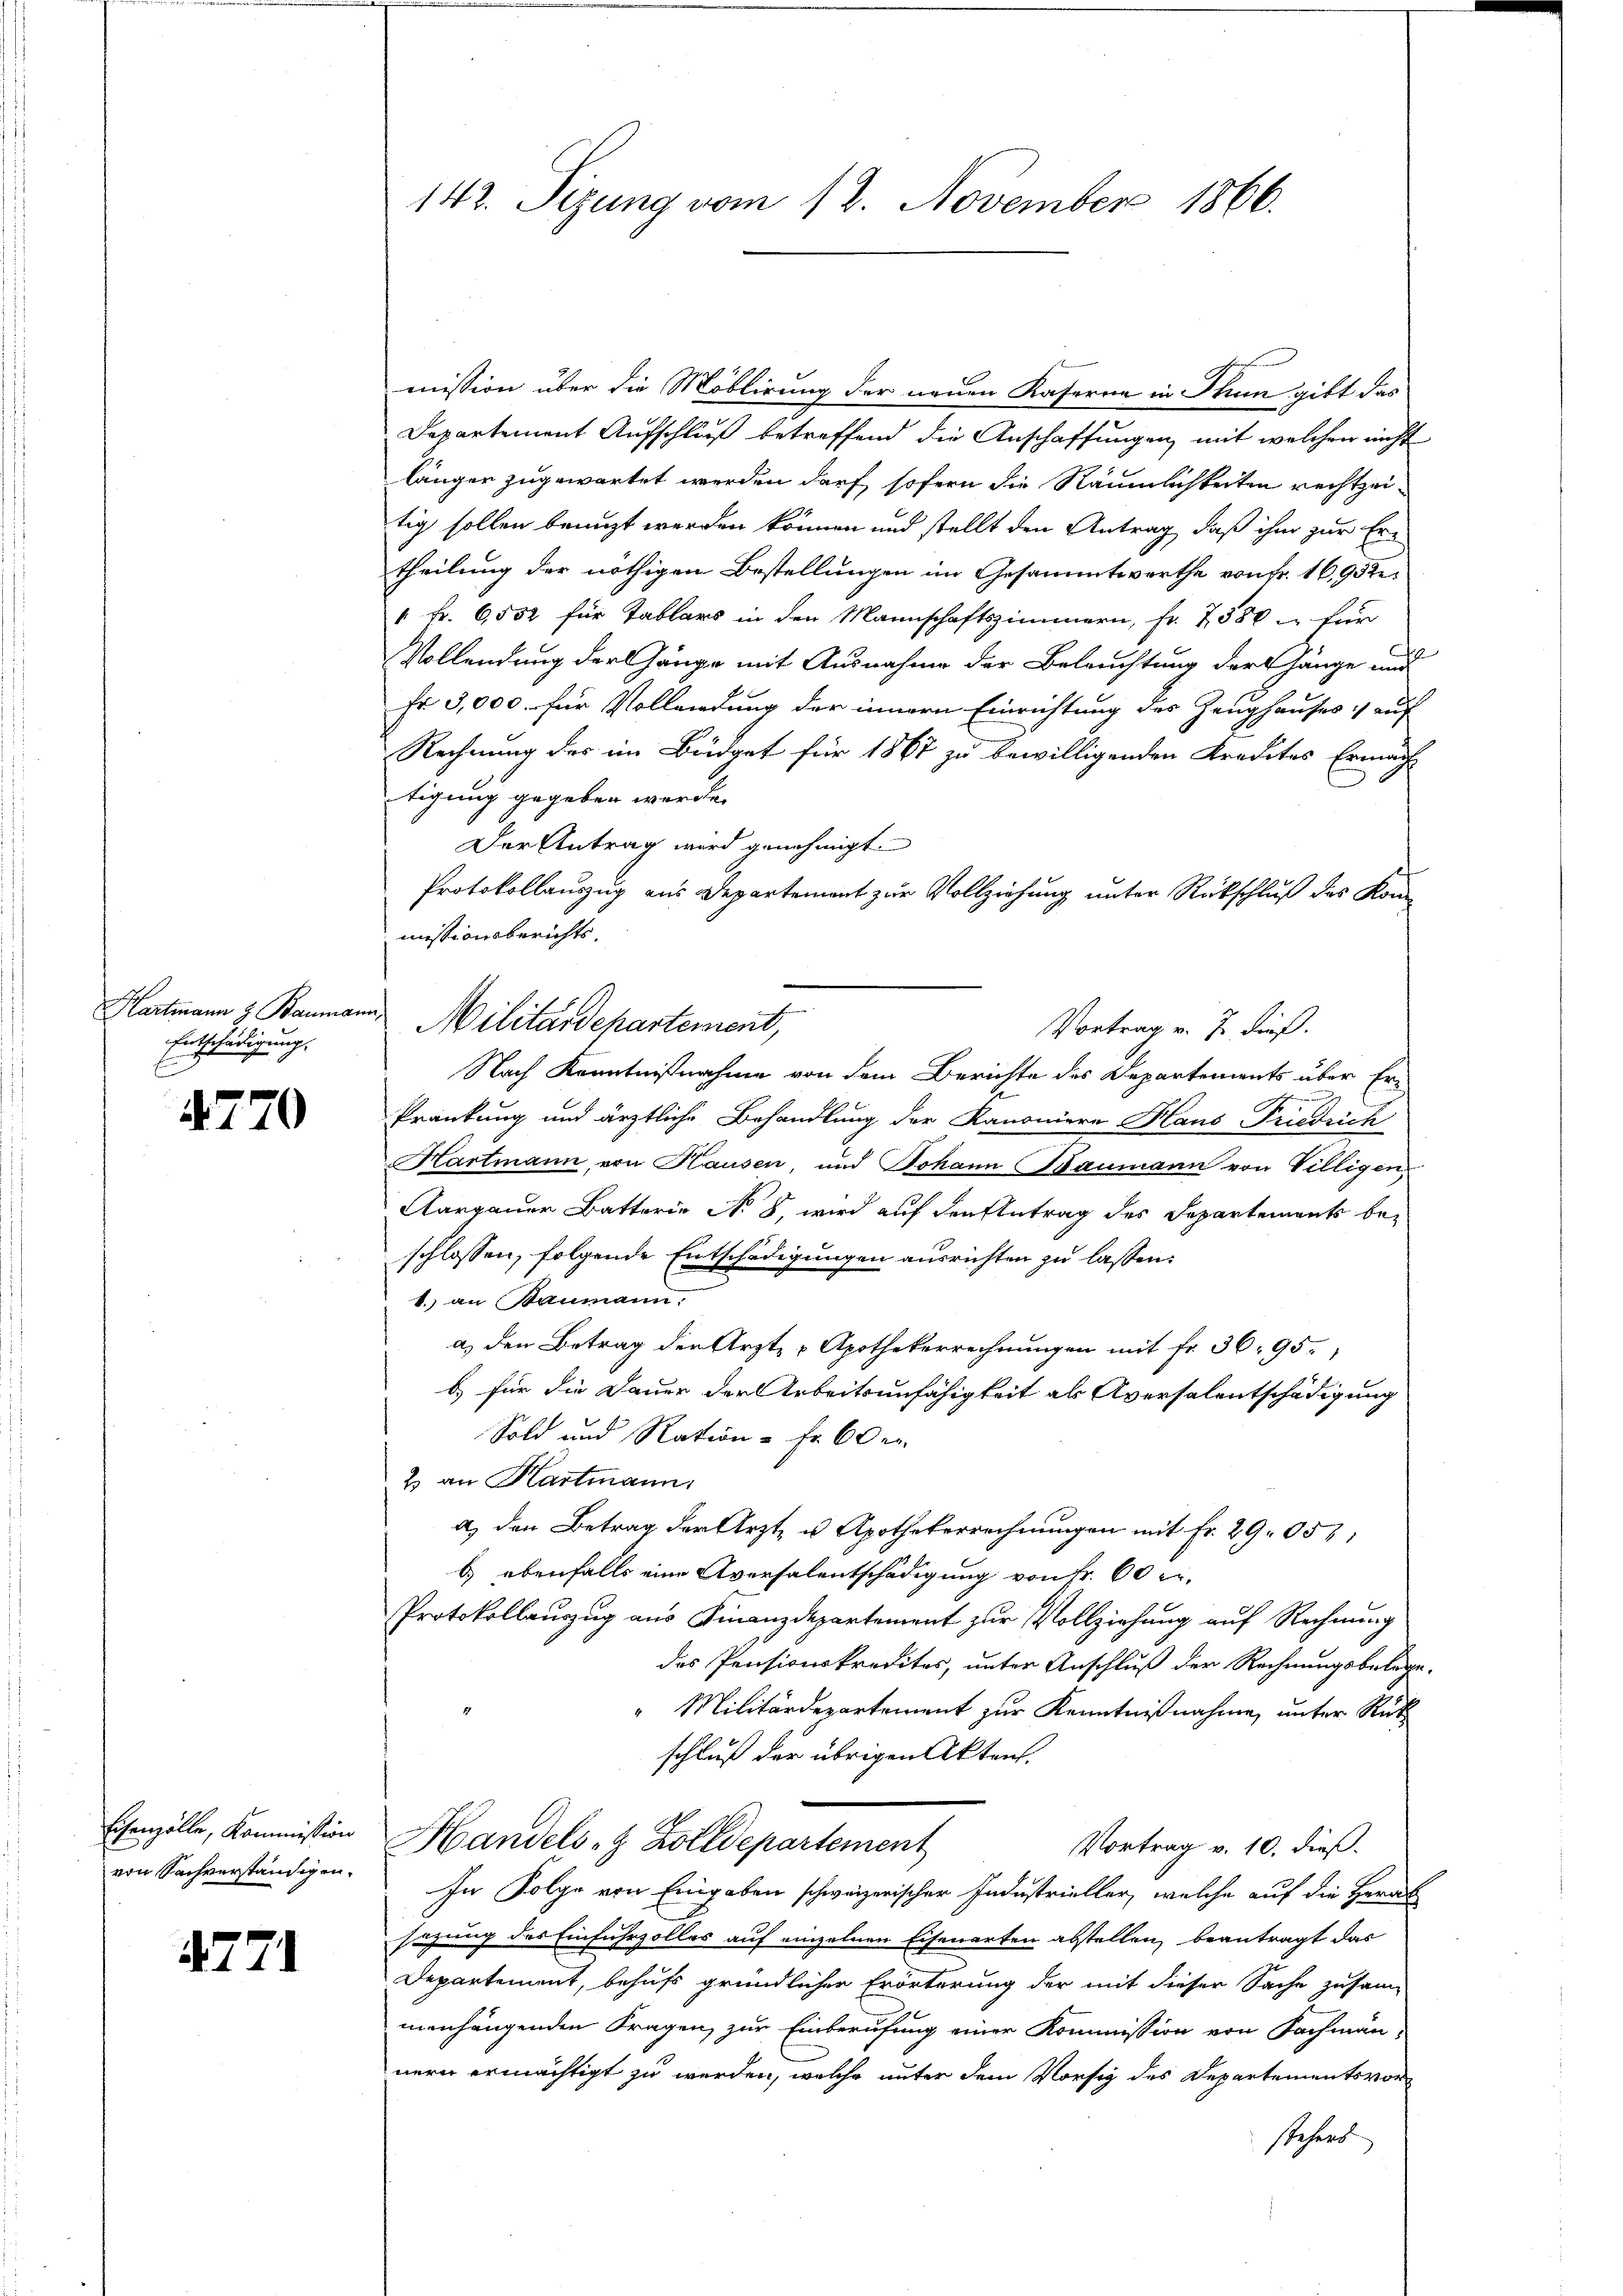
Hartmann z. Bauman
Entschädigung.

4770

Eisenzolle, Kommission
von Sachverständigen.

4771

142. Sizung vom 12. November 1866.

mission über die Möblirung der neuen Kaserne in Rum gibt das
Departement Aufschluß betreffend die Anschaffungen, mit welchen nicht
länger zugewartet werden darf, sofern die Räumlichkeiten rechtzeitig sollen benuzt werden können und stellt den Antrag, daß ihm zur Ertheilung der nöthigen Bestellungen im Gesammtwerthe von Fr. 16,932.
" Fr. 6552 für Tablars in den Mannschaftszimmern, fr. 2550 – für
Vollendung der Gänge mit Ausnahme der Beleuchtung der hänge und
Fr 3,000. für Vollendung der innern Einrichtung des Zeughauses auf
Rechnung des im Büdget für 1867 zu bewilligenden Kredites Ermäch
tigung gegeben werde.
Der Antrag wird genehmigt.
Protokollauszug aus Departement zur Vollziehung unter Rückschluß des Kon-
missionsberichts¬
Vortrag v. J. dieß.
Nach Kenntnißnahme von dem Berichte des Departements über Erf
Pränkung und ärztliche Behandlung der Kanoniere Hans Friedrich
Hartmann, von Hausen, und Johann Baumann von Villigen
Aargauer Batterie No 8, wird auf den Antrag des Departements beschlossen, folgende Entschädigungen ausrichten zu lassen:
1. an Baumann.
a) den Betrag der Arzt- & Apothekerrechnungen mit fr. 36. 95.
b) für die Dauer der Arbeitsunfähigkeit als Aversalentschädigung
Sold und Ration - Fr. 60 er
2 an Kartmann,
a) den Betrag der Arzt- u Apothekerrechnungen mit Fr. 29. 057:
b) ebenfalls eine Aversalentschädigung von Fr. 60 er-
Protokollauszug aus Finanzdepartement zur Vollziehung auf Rechnung
des Pensionskredites, unter Anschluß der Rechnungsbelege¬
"Militärdepartement zur Kenntnißnahme, unter Rück
schluß der übrigen Akten.
Handels- & Zolldepartement
Vortrag v. 10. dieß.
In Folge von Eingaben schweizerischer Industrieller, welche auf die Herab
sezung des Einfuhrzolles auf einzelnen Eisenarten abstellen, beantragt das
Departement, behufs gründlicher Erörterung der mit dieser Sache zusam-
menhängenden Fragen, zur Einberufung einer Kommission von Fachmann,
nern ermächtigt zu werden, welche unter dem Vorsig des Departementsvorstehers

Militärdepartement,